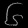
Digit: ၆